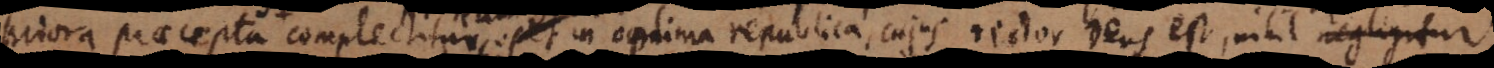
priora praecepta, complectitur. Nam in optima republica, cujus rector Deus est, nihil negligitur